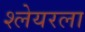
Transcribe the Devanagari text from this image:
श्लेयरला